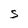
Character: 5